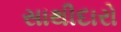
સાથીદારો